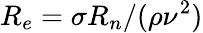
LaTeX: R_{e}=\sigma R_{n}/(\rho\nu^{2})